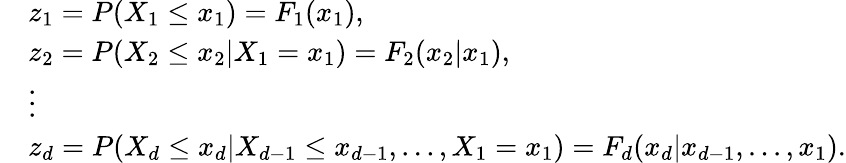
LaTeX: \begin{array}{rl}&{z_{1}=P(X_{1}\leq x_{1})=F_{1}(x_{1}),}\\ &{z_{2}=P(X_{2}\leq x_{2}|X_{1}=x_{1})=F_{2}(x_{2}|x_{1}),}\\ &{\vdots}\\ &{z_{d}=P(X_{d}\leq x_{d}|X_{d-1}\leq x_{d-1},...,X_{1}=x_{1})=F_{d}(x_{d}|x_{d-1},...,x_{1}).}\end{array}